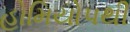
હોમિયોપથી